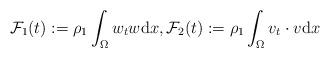
LaTeX: \begin{align*}\mathcal{F}_{1}(t) := \rho_{1} \int_{\Omega} w_{t} w \mathrm{d} x, \mathcal{F}_{2}(t) := \rho_{1} \int_{\Omega} v_{t} \cdot v \mathrm{d} x \end{align*}